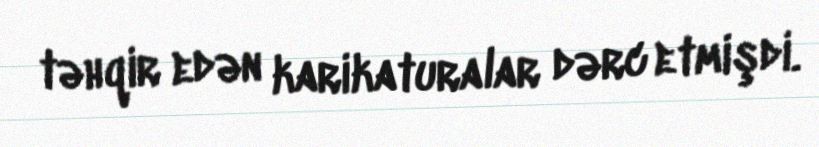
təhqir edən karikaturalar dərc etmişdi.